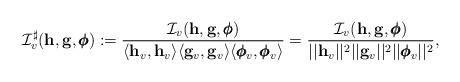
LaTeX: \begin{align*} \mathcal I_v^{\sharp} (\mathbf h, \mathbf g, \pmb{\phi}) := \frac{\mathcal I_v(\mathbf h, \mathbf g, \pmb{\phi})}{\langle \mathbf h_v, \mathbf h_v \rangle\langle \mathbf g_v, \mathbf g_v \rangle \langle \pmb{\phi}_v, \pmb{\phi}_v \rangle} = \frac{\mathcal I_v(\mathbf h, \mathbf g, \pmb{\phi})}{||\mathbf h_v||^2 ||\mathbf g_v||^2||\pmb{\phi}_v||^2},\end{align*}